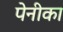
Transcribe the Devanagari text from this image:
पेनीका